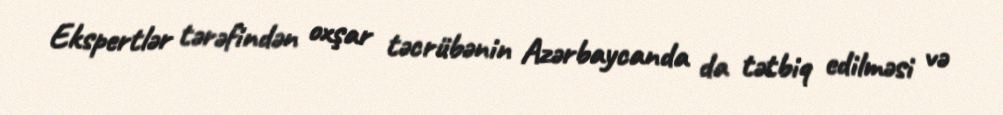
Ekspertlər tərəfindən oxşar təcrübənin Azərbaycanda da tətbiq edilməsi və